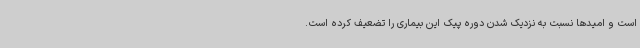
است و امیدها نسبت به نزدیک شدن دوره پیک این بیماری را تضعیف کرده است.